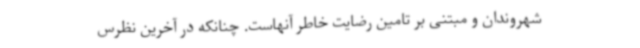
شهروندان و مبتنی بر تامین رضایت خاطر آنهاست. چنانکه در آخرین نظرس